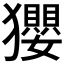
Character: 𤣎